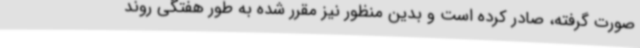
صورت گرفته، صادر کرده است و بدین منظور نیز مقرر شده به طور هفتگی روند